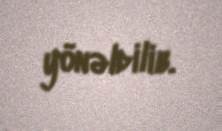
yönəldilib.